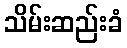
သိမ်းဆည်းခံ